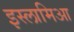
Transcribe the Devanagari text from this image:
इस्लामिआ